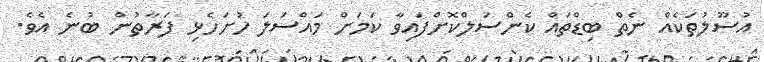
އުސޫލުތަކެއް ނެތް ބިޑްތައް ކެންސަލްކޮށްފައިވާ ކަމަށް މައްސަލަ ހުށަހެޅި ފަރާތުން ބުނެ އެވެ.